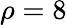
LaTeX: \rho=8